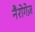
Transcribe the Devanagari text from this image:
नैरोगेज़